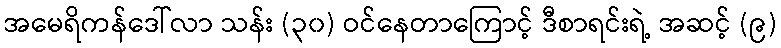
အမေရိကန်ဒေါ်လာ သန်း (၃၀) ဝင်နေတာကြောင့် ဒီစာရင်းရဲ့ အဆင့် (၉)